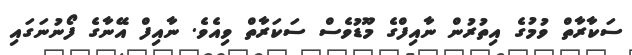
ސަކާރާތް ވުމުގެ އިތުރުން ނާއިފްގެ މޫޑުވެސް ސަކަރާތް ވިއެވެ. ނާއިފް އޭނާގެ ފޯނުނަގައި